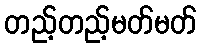
တည့်တည့်မတ်မတ်